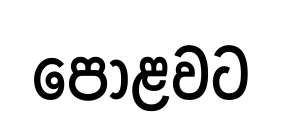
පොළවට